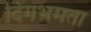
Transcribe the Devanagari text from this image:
दिगभ्रमता